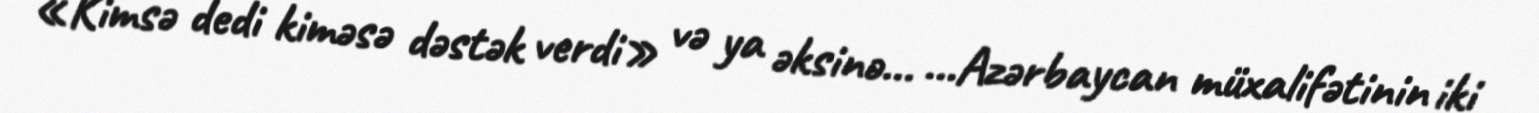
«Kimsə dedi kiməsə dəstək verdi» və ya əksinə… …Azərbaycan müxalifətinin iki